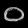
Digit: ၀